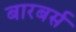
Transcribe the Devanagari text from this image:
बारबर्स